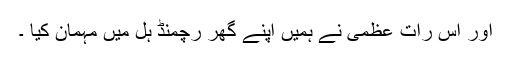
اور اس رات عظمی نے ہمیں اپنے گھر رچمنڈ ہل میں مہمان کیا ۔